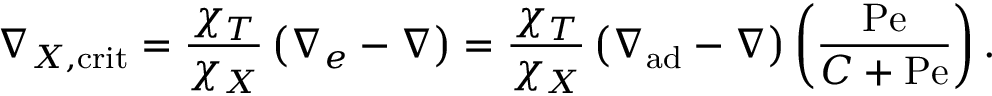
\nabla _ { X , \mathrm { c r i t } } = { \frac { \chi _ { T } } { \chi _ { X } } } \left( \nabla _ { e } - \nabla \right) = { \frac { \chi _ { T } } { \chi _ { X } } } \left( \nabla _ { \mathrm { a d } } - \nabla \right) \left( { \frac { \mathrm { P e } } { C + \mathrm { P e } } } \right) .